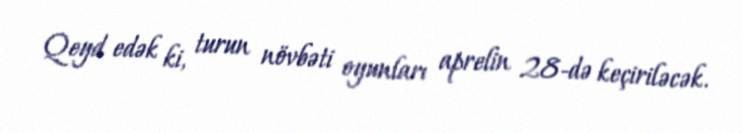
Qeyd edək ki, turun növbəti oyunları aprelin 28-də keçiriləcək.